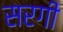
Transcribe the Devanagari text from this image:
सरगी